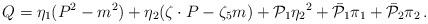
LaTeX: \begin{align*}Q=\eta_{1} (P^2-m^2) + \eta_{2}(\zeta\cdot P-\zeta_5 m) + {\cal P}_{1}{\eta_{2}}^2 +{\bar{\cal P}}_{1}\pi_{1} + {\bar{\cal P}}_{2}\pi_{2}\,.\end{align*}